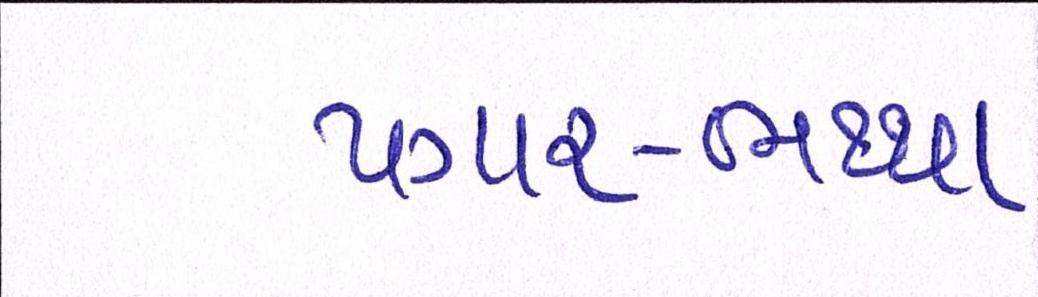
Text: પગાર-ભથ્થા